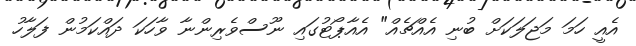
އެއީ ހަމަ މަޖަލަކަށް ބުނި އެއްޗެއް" އެއާޕޯޓުގައި ނޫސްވެރިންނާ ވާހަކަ ދައްކަމުން ފަލާހު